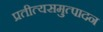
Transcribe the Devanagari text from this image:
प्रतीत्यसमुत्पादन